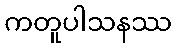
ကတူပါသနဿ